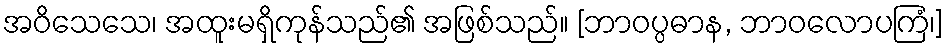
အဝိသေသေ၊ အထူးမရှိကုန်သည်၏ အဖြစ်သည်။ [ဘာဝပ္ပဓာန, ဘာဝလောပကြံ၊]